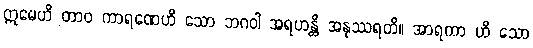
ဣမေဟိ တာဝ ကာရဏေဟိ သော ဘဂဝါ အရဟန္တိ အနုဿရတိ။ အာရကာ ဟိ သော